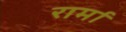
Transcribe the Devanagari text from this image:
रार्मा